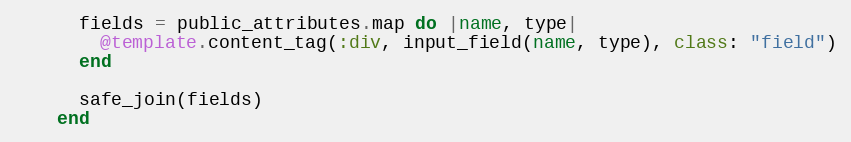
Language: Ruby
      fields = public_attributes.map do |name, type|
        @template.content_tag(:div, input_field(name, type), class: "field")
      end

      safe_join(fields)
    end